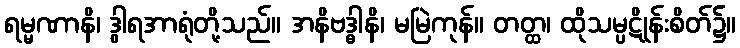
ရမ္မဏာနိ၊ ဒွါရအာရုံတို့သည်။ အနိဗဒ္ဓါနိ၊ မမြဲကုန်။ တတ္ထ၊ ထိုသမ္ပဋိုန်းစိတ်၌။